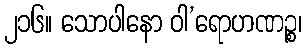
၂၁၆။ သောပါနော ဝါ’ရောဟဏဉ္စ၊